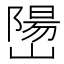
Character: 𫶖